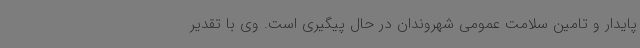
پایدار و تامین سلامت عمومی شهروندان در حال پیگیری است. وی با تقدیر